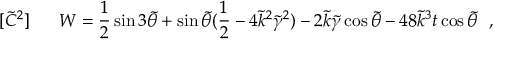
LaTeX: [ \tilde { C } ^ { 2 } ] ~ ~ ~ ~ ~ W = { \frac { 1 } { 2 } } \sin { 3 \tilde { \theta } } + \sin { \tilde { \theta } } ( { \frac { 1 } { 2 } } - 4 \tilde { k } ^ { 2 } \tilde { \gamma } ^ { 2 } ) - 2 \tilde { k } \tilde { \gamma } \cos { \tilde { \theta } } - 4 8 \tilde { k } ^ { 3 } t \cos { \tilde { \theta } } ~ ~ ,